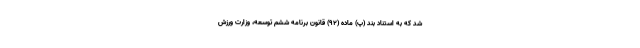
شد که به استناد بند (پ) ماده (۹۲) قانون برنامه ششم توسعه، وزارت ورزش